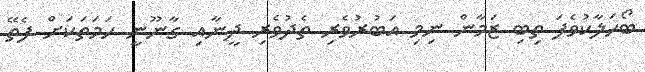
ބޯހަލާކުވެފަ ތިބި ޒަމާން ނިމި އަބުރުވެރި ތެދުވެރި ދީނާއި ގާނޫނީ ހަމަތަކަށް ފެތޭ